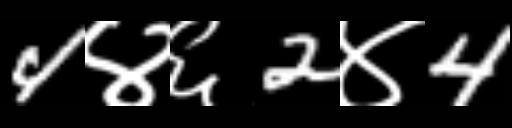
Text: 4४६2४4